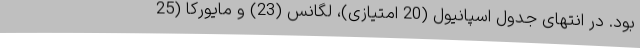
بود. در انتهای جدول اسپانیول (20 امتیازی)، لگانس (23) و مایورکا (25